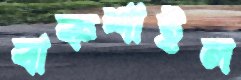
বাকশাইল